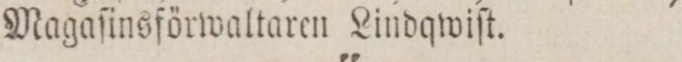
Magaſinsförwaltaren Lindqwiſt.